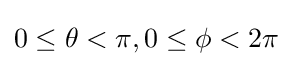
0\leq \theta <\pi ,0\leq \phi <2\pi